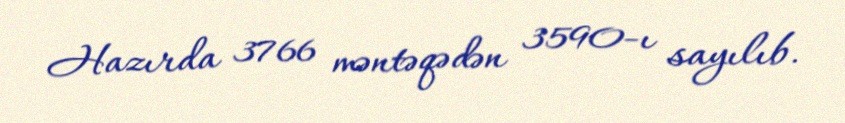
Hazırda 3766 məntəqədən 3590-ı sayılıb.